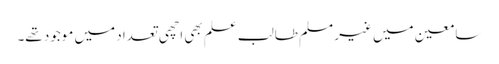
سامعین میں غیر مسلم طالب علم بھی اچھی تعداد میں موجود تھے۔